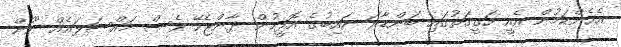
އެހެންކަމުން އެއީ ހަގީގަތުގައި ބަންޑާރަ ނައިބުގެ އޮފީހުން ދާންޖެހޭ ވެސް މައްސަލައެއް ނޫން